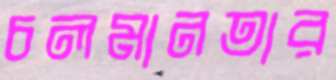
চলমানতার